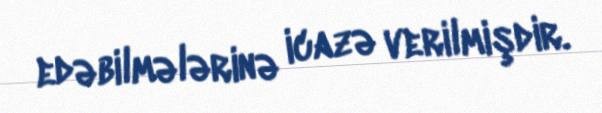
edəbilmələrinə icazə verilmişdir.